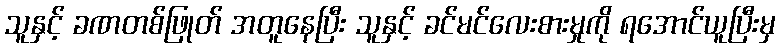
သူနှင့် ခဏတစ်ဖြုတ် အတူနေပြီး သူနှင့် ခင်မင်လေးစားမှုကို ရအောင်ယူပြီးမှ